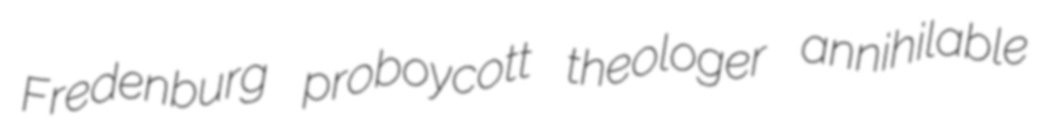
Fredenburg proboycott theologer annihilable